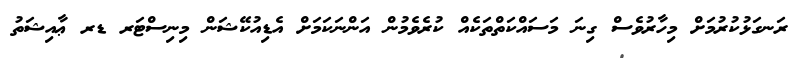
ރަނގަޅުކުރުމަށް މިހާރުވެސް ގިނަ މަސައްކަތްތަކެއް ކުރެވެމުން އަންނަކަމަށް އެޑިއުކޭޝަން މިނިސްޓަރ ޑރ ޢާއިޝަތު